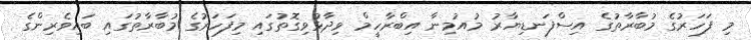
މި ފަހަރުގެ މުބާރާތުގެ އިސްފަނޑިޔާރު މުއުމިނާ އިބްރާހީމް ވިދާޅުވިގޮތުގައި މިފަހަރުގެ މުބާރާތުގައި ބައިވެރިންގެ